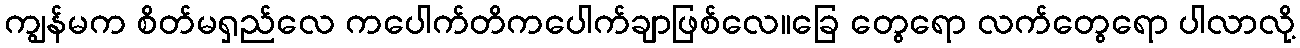
ကျွန်မက စိတ်မရှည်လေ ကပေါက်တိကပေါက်ချာဖြစ်လေ။ခြေ တွေရော လက်တွေရော ပါလာလို့